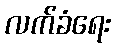
လက်ခံရေး